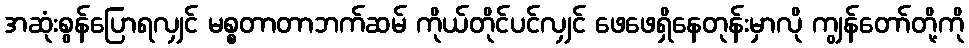
အဆုံးစွန်ပြောရလျှင် မစ္စတာတာဘက်ဆမ် ကိုယ်တိုင်ပင်လျှင် ဖေဖေရှိနေတုန်းမှာလို ကျွန်တော်တို့ကို